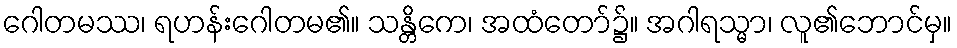
ဂေါတမဿ၊ ရဟန်းဂေါတမ၏။ သန္တိကေ၊ အထံတော်၌။ အဂါရသ္မာ၊ လူ၏ဘောင်မှ။